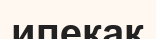
ипекак